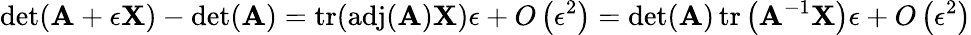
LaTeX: \operatorname*{det}(\mathbf{A}+\epsilon\mathbf{X})-\operatorname*{det}(\mathbf{A})=\operatorname{tr}(\operatorname{adj}(\mathbf{A})\mathbf{X})\epsilon+O\left(\epsilon^{2}\right)=\operatorname*{det}(\mathbf{A})\operatorname{tr}\left(\mathbf{A}^{-1}\mathbf{X}\right)\epsilon+O\left(\epsilon^{2}\right)